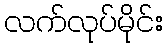
လက်လုပ်မိုင်း